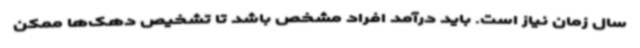
سال زمان نیاز است. باید درآمد افراد مشخص باشد تا تشخیص دهک‌ها ممکن